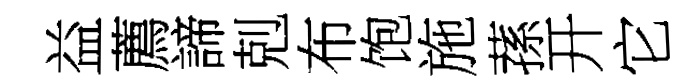
益薦諦剋布饱施蓀开它